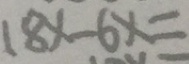
1 8 x - 6 x =